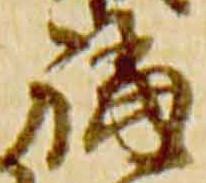
福